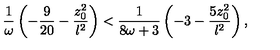
{ \frac { 1 } { \omega } } \left( - { \frac { 9 } { 2 0 } } - { \frac { z _ { 0 } ^ { 2 } } { l ^ { 2 } } } \right) < { \frac { 1 } { 8 \omega + 3 } } \left( - 3 - { \frac { 5 z _ { 0 } ^ { 2 } } { l ^ { 2 } } } \right) ,